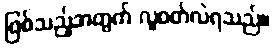
ဖြစ်သည့်အတွက် လူဝတ်လဲရသည်။